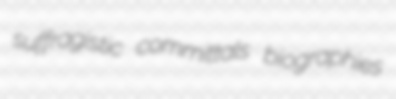
suffragistic committals biographies